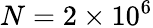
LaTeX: N=2\times 10^{6}